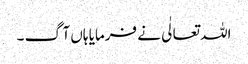
اللہ تعالٰی نے فرمایا ہاں آگ ۔